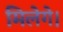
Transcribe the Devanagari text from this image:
मिलेगे।